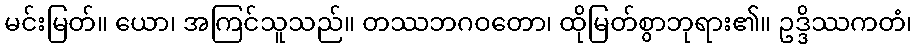
မင်းမြတ်။ ယော၊ အကြင်သူသည်။ တဿဘဂဝတော၊ ထိုမြတ်စွာဘုရား၏။ ဥဒ္ဒိဿကတံ၊